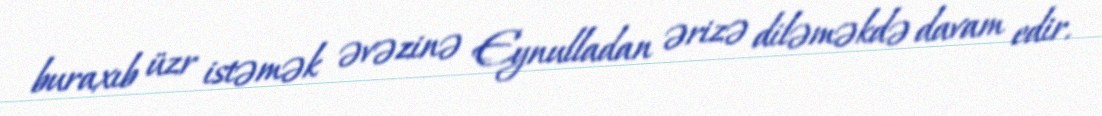
buraxıb üzr istəmək əvəzinə Eynulladan ərizə diləməkdə davam edir.